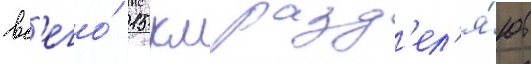
вс'его́ 15 км разд'ел'я́ют